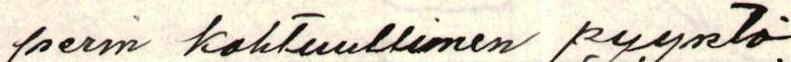
perin kohtuullinen pyyntö.